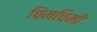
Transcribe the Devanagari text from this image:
चिमचिमी